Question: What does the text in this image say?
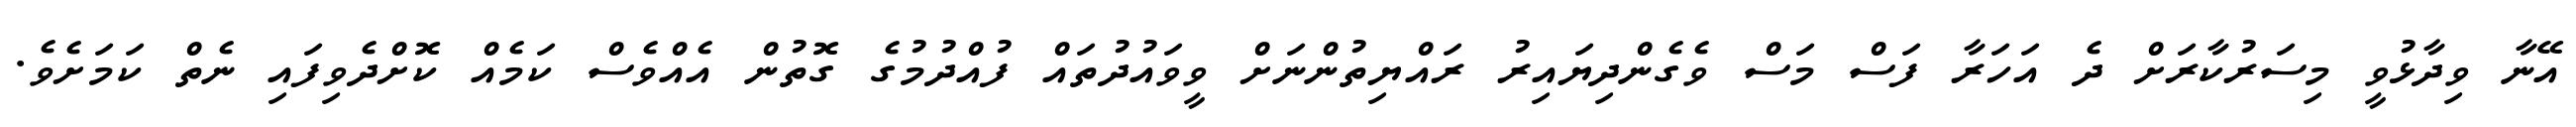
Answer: އޭނާ ވިދާޅުވީ މިސަރުކާރަށް ދެ އަހަރާ ފަސް މަސް ވެގެންދިޔައިރު ރައްޔިތުންނަށް ވީވައުދުތައް ފުއްދުމުގެ ގޮތުން އެއްވެސް ކަމެއް ކޮށްދެވިފައި ނެތް ކަމަށެވެ.